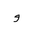
Letter: _waw